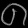
Digit: ၈